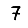
Digit: 7